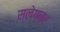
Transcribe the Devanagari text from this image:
स्लेग्नर